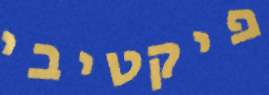
פיקטיבי